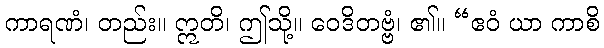
ကာရဏံ၊ တည်း။ ဣတိ၊ ဤသို့။ ဝေဒိတဗ္ဗံ၊ ၏။ “ဧဝံ ယာ ကာစိ